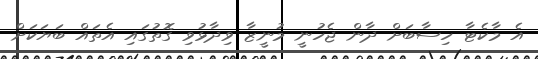
އެ މާކެޓާ ހިސާބަށް ދާން ޖެހުނީ މުނީޒާ ވިދާޅުވި ގޮތުގައި އެތައް ބަޔަކަށް